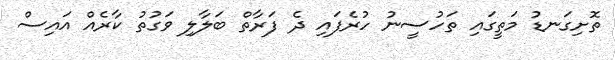
ތޮށިގަނޑު މަތީގައި ތަހުސީނު ހުރެފައި ދެ ފަރާތް ބަލާލި ވަގުތު ކާރެއް އައިސް